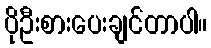
ပိုဦးစားပေးချင်တာပါ။